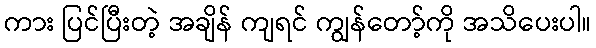
ကား ပြင်ပြီးတဲ့ အချိန် ကျရင် ကျွန်တော့်ကို အသိပေးပါ။